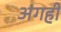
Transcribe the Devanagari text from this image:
अंगही